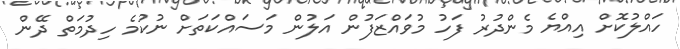
ހައްލުކޮށް އިއްޔެ މެންދުރު ފަހު މުވައްޒަފުން އަލުން މަސައްކަތަށް ނުކުމެ ހިދުމަތް ދޭން